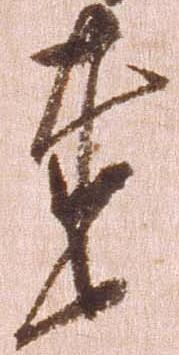
達